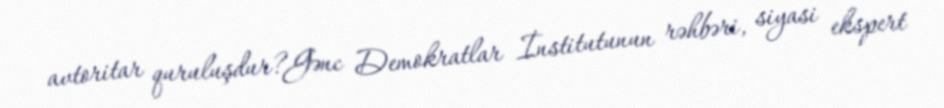
avtoritar quruluşdur?Gənc Demokratlar İnstitutunun rəhbəri, siyasi ekspert